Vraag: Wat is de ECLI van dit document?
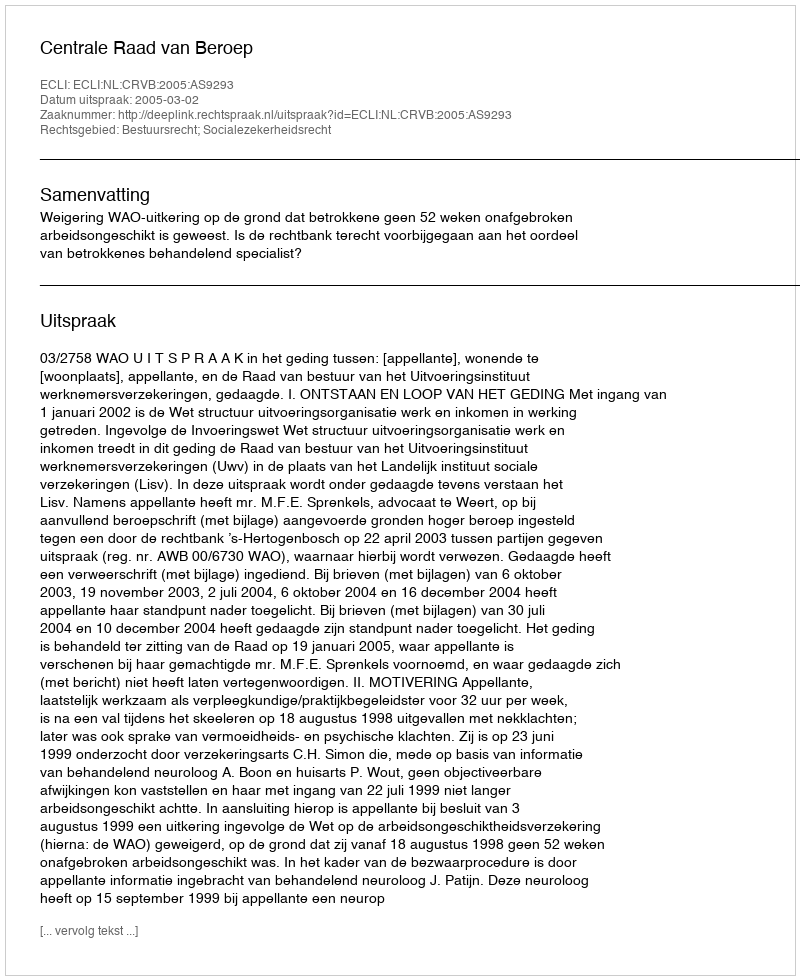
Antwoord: ECLI:NL:CRVB:2005:AS9293